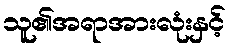
သူ၏အရာအားလုံးနှင့်